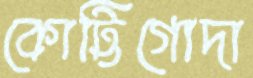
কোট্টিগোদা